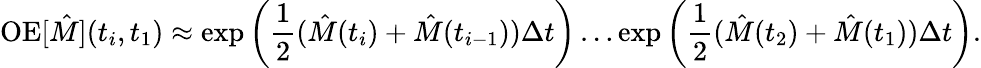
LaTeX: \mathrm{OE}[\hat{M}](t_{i},t_{1})\approx\exp{\left(\frac{1}{2}(\hat{M}(t_{i})+\hat{M}(t_{i-1}))\Delta t\right)}\ldots\exp{\left(\frac{1}{2}(\hat{M}(t_{2})+\hat{M}(t_{1}))\Delta t\right)}.